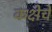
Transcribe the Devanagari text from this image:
कक्षेचे